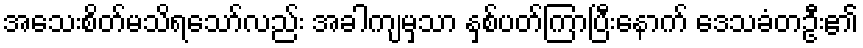
အသေးစိတ်မသိရသော်လည်း အခါကျမှသာ နှစ်ပတ်ကြာပြီးနောက် ဒေသခံတဦး၏